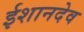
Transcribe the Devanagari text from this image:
ईशानदेव